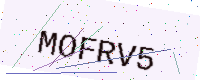
Text: MOFRV5